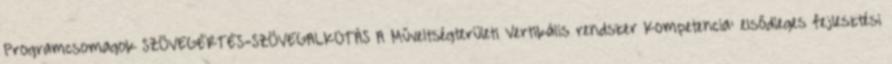
Programcsomagok SZÖVEGÉRTÉS-SZÖVEGALKOTÁS A Műveltségterületi Vertikális rendszer Kompetencia: elsődleges fejlesztési